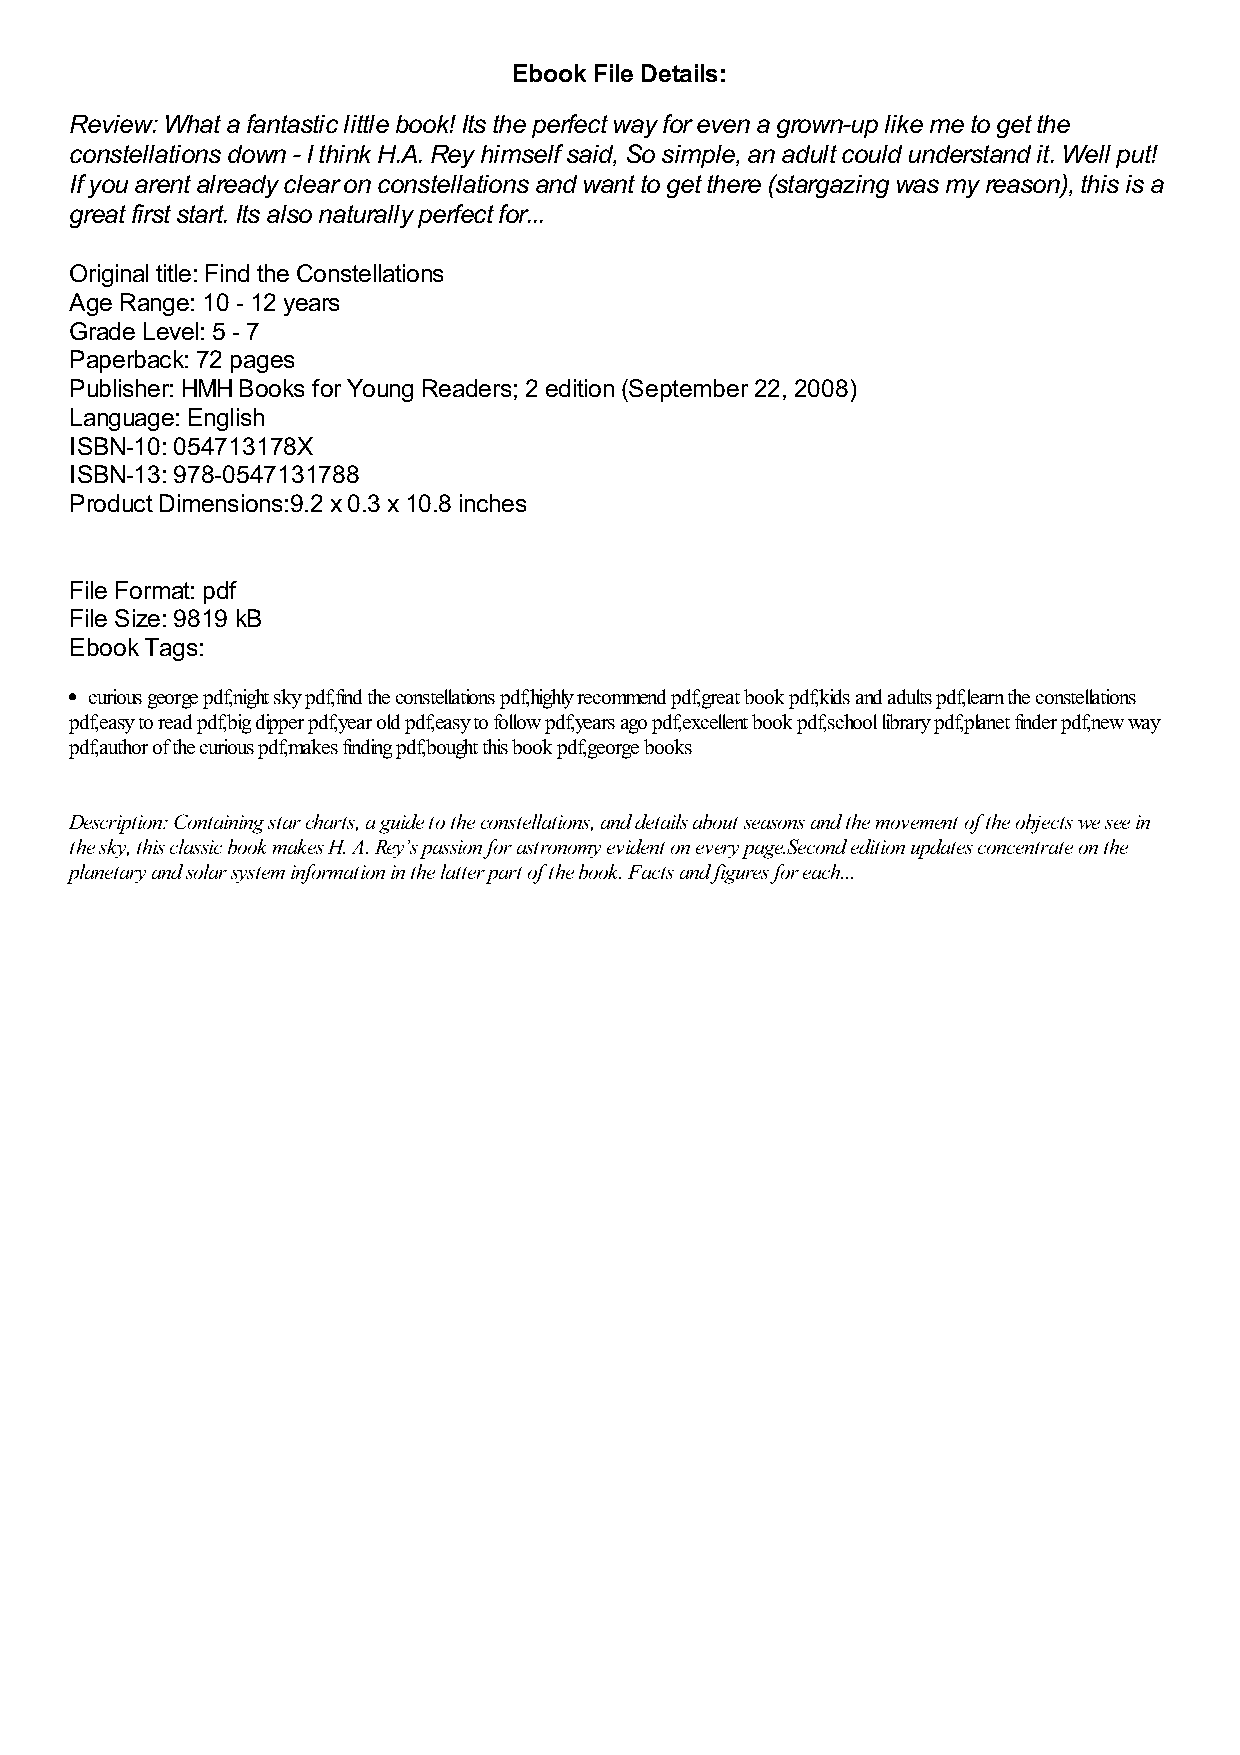
Ebook File Details:
 Review: What a fantastic little book! Its the perfect way for even a grown-up like me to get the
 constellations down - I think H.A. Rey himself said, So simple, an adult could understand it. Well put!
 If you arent already clear on constellations and want to get there (stargazing was my reason), this is a
 great first start. Its also naturally perfect for...
 Original title: Find the Constellations
 Age Range: 10 - 12 years
 Grade Level: 5 - 7
 Paperback: 72 pages
 Publisher: HMH Books for Young Readers; 2 edition (September 22, 2008)
 Language: English
 ISBN-10: 054713178X
 ISBN-13: 978-0547131788
 Product Dimensions:9.2 x 0.3 x 10.8 inches
 File Format: pdf
 File Size: 9819 kB
 Ebook Tags:
 curious george pdf,night sky pdf,find the constellations pdf,highly recommend pdf,great book pdf,kids and adults pdf,learn the constellations
 pdf,easy to read pdf,big dipper pdf,year old pdf,easy to follow pdf,years ago pdf,excellent book pdf,school library pdf,planet finder pdf,new way
 pdf,author of the curious pdf,makes finding pdf,bought this book pdf,george books
 Description: Containing star charts, a guide to the constellations, and details about seasons and the movement of the objects we see in
 the sky, this classic book makes H. A. Rey’s passion for astronomy evident on every page.Second edition updates concentrate on the
 planetary and solar system information in the latter part of the book. Facts and figures for each...